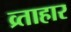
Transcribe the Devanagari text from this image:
व्र्ताहार